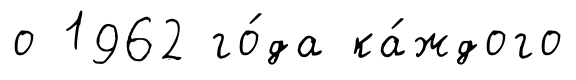
о 1962 го́да ка́ждого